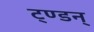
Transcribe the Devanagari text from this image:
ट्ण्डन्